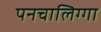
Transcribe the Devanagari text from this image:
पनचालिग्गा